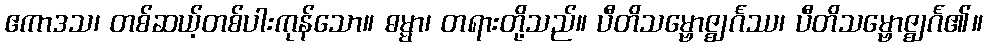
ဧကာဒသ၊ တစ်ဆယ့်တစ်ပါးကုန်သော။ ဓမ္မာ၊ တရားတို့သည်။ ပီတိသမ္ဗောဇ္ဈင်္ဂဿ၊ ပီတိသမ္ဗောဇ္ဈင်္ဂ၏။